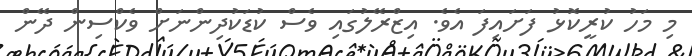
މި މަހު ކުރީކޮޅު ފަށައިފަ އެވެ. އިޒްރޭލުގައި ވެސް ކުޑަކުދިންނަށް ވެކްސިން ދޭން